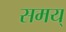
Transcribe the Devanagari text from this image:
समय्